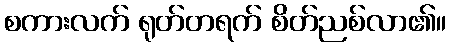
စကားလက် ရုတ်တရက် စိတ်ညစ်လာ၏။